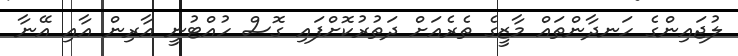
ލުޖައިންގެ ހަނދާންތައް މާޒީގެ ތެރެއަށް ދަތުރުކޮށްފައި ގޮސް ހުއްޓުނީ އާރިން އާއި އޭނާ